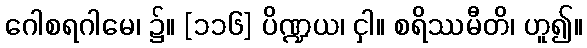
ဂေါစရဂါမေ၊ ၌။ [၁၁၆] ပိဏ္ဍယ၊ ငှါ။ စရိဿမီတိ၊ ဟူ၍။